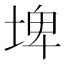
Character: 埤